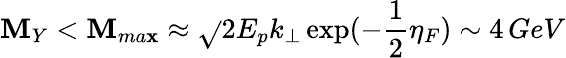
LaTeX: \mathbf{M}_{Y}<\mathbf{M}_{ma\mathbf{x}}\approx\sqrt{}{{2E_{p}k_{\perp}}}\exp(-{\frac{{1}}{{2}}}\eta_{F})\sim4\, GeV